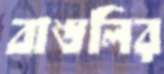
বাঙলির